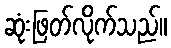
ဆုံးဖြတ်လိုက်သည်။